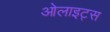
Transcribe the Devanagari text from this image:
ओलाइट्स